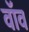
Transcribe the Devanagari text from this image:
वॉव